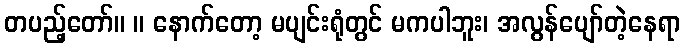
တပည့်တော်။ ။ နောက်တော့ မပျင်းရုံတွင် မကပါဘူး၊ အလွန်ပျော်တဲ့နေရာ